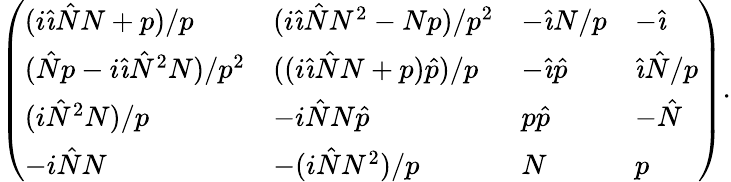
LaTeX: \left(\begin{array}{llll}{(i{\hat{\imath}}\hat{N}N+p)/p}&{(i{\hat{\imath}}\hat{N}N^{2}-Np)/p^{2}}&{-{\hat{\imath}}N/p}&{-{\hat{\imath}}}\\ {(\hat{N}p-i{\hat{\imath}}\hat{N}^{2}N)/p^{2}}&{((i{\hat{\imath}}\hat{N}N+p)\hat{p})/p}&{-{\hat{\imath}}\hat{p}}&{{\hat{\imath}}\hat{N}/p}\\ {(i\hat{N}^{2}N)/p}&{-i\hat{N}N\hat{p}}&{p\hat{p}}&{-\hat{N}}\\ {-i\hat{N}N}&{-(i\hat{N}N^{2})/p}&{N}&{p}\end{array}\right).